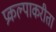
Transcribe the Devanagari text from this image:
प्रकल्पाकरीता